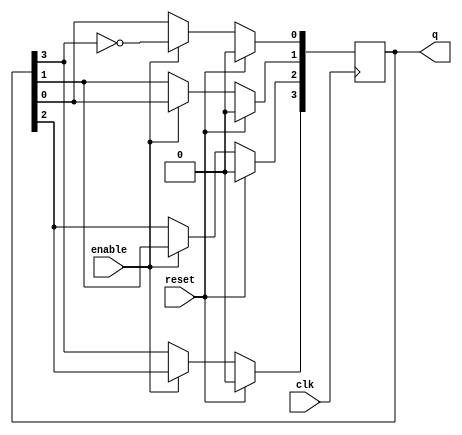
module modified_johnson_counter (
    input wire clk,         // Clock input
    input wire reset,       // Synchronous reset
    input wire enable,      // Enable signal
    output reg [3:0] q      // 4-bit output
);

    // Sequential logic for Modified Johnson Counter
    always @(posedge clk) begin
        if (reset) begin
            q <= 4'b0000;   // Initialize counter to 0 on reset
        end else if (enable) begin
            // Modified Johnson Counter logic
            q[0] <= ~q[3];   // Invert the last flip-flop output and feed it to the first
            q[1] <= q[0];    // Shift the output of the first flip-flop to the second
            q[2] <= q[1];    // Shift the output of the second flip-flop to the third
            q[3] <= q[2];    // Shift the output of the third flip-flop to the fourth
        end
    end

endmodule